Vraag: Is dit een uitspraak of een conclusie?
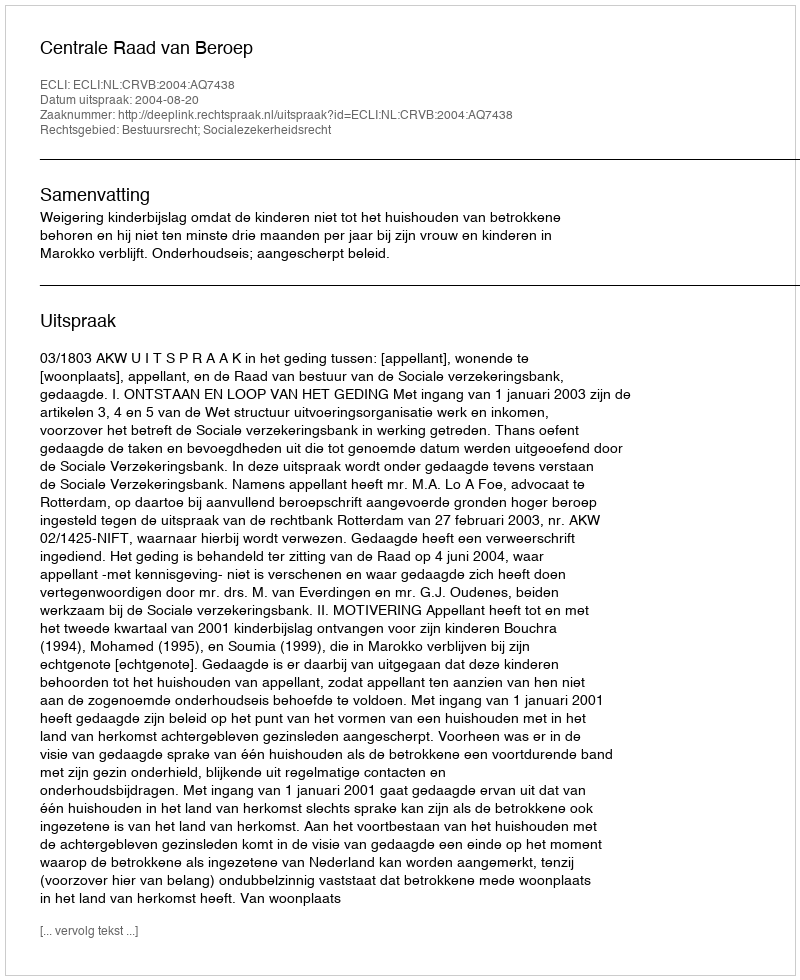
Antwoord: Uitspraak